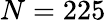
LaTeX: N=225